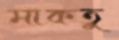
মাকতু